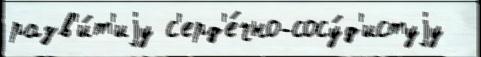
разв'и́т'иjу с'ерд'е́чно-сосу́д'истуjу